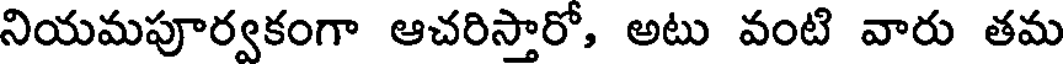
నియమపూర్వకంగా ఆచరిస్తారో, అటు వంటి వారు తమ